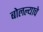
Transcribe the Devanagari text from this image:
बोलल्याचे